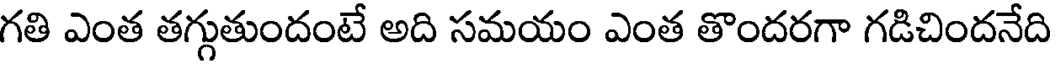
గతి ఎంత తగ్గుతుందంటే అది సమయం ఎంత తొందరగా గడిచిందనేది